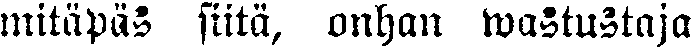
mitäpäs siitä, onhan wastustaja